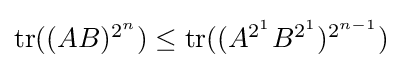
{\textstyle \operatorname {tr} ((AB)^{2^{n}})\leq \operatorname {tr} ((A^{2^{1}}B^{2^{1}})^{2^{n-1}})}